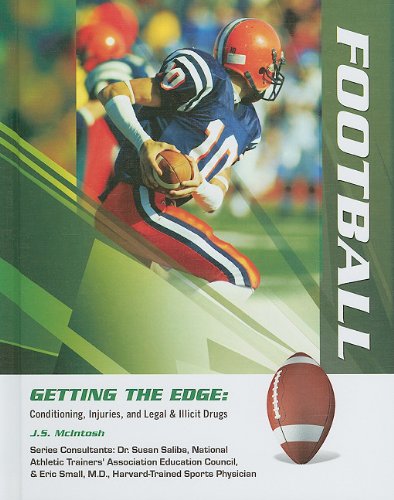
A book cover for Football (Getting the Edge: Conditioning, Injuries, and Legal & Illicit Drugs); J. S. McIntosh; Teen & Young Adult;